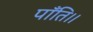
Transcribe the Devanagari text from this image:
पाँति।।